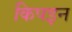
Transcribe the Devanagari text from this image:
किपइन